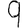
Digit: 9